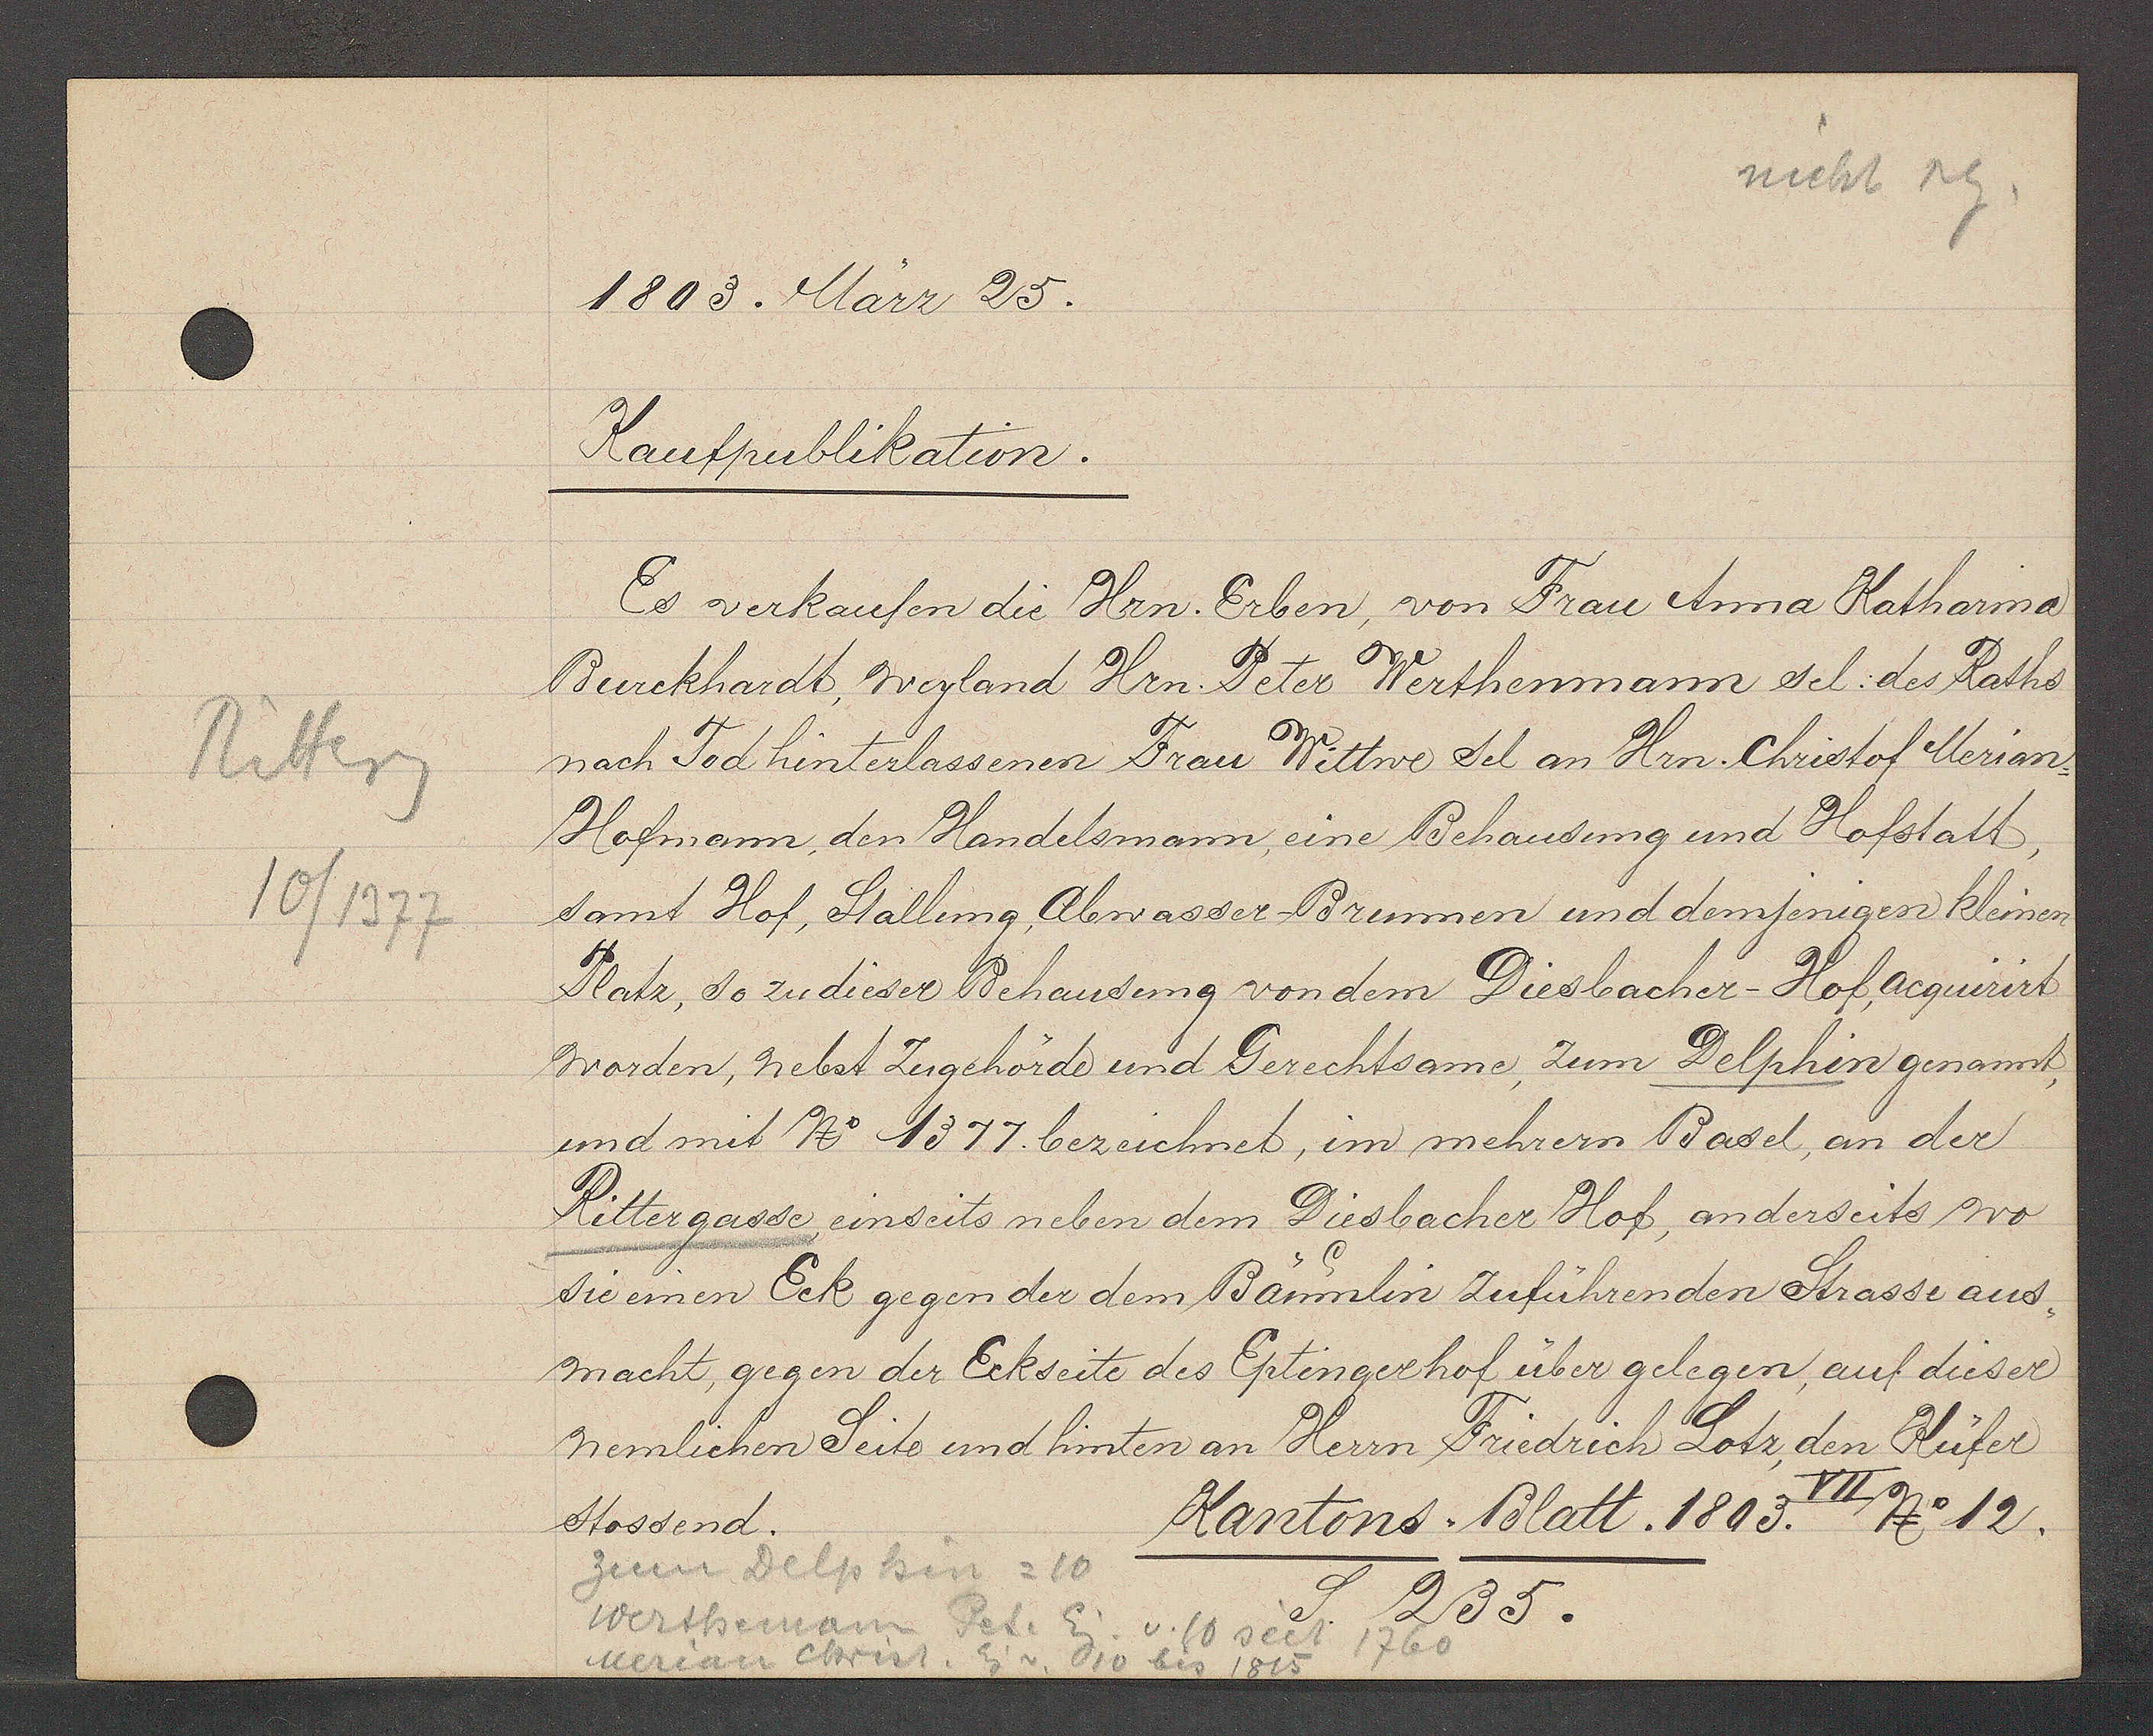
Transcript:
Ritterg
10/1377

1803. März 25.

Kaufpublikation.
Es verkaufen die Hrn. Erben, von Frau Anna Katharina
Burckhardt, wegland Hrn. Peter Werthenmann sel. des Raths
nach Tod hinterlassenen Frau Wittwe sel. an Hrn. Christof Merian
Hofmann, den Handelsmann, eine Behausung und Hofstatt
samt Hof, Stallung Abwasser-Brunnen und demjenigen kleinen
Platz, so zu dieser Behausung von dem Diesbacher-Hof acquierirt
worden, nebst Zugehörde und Gerechtsame, zum Delphin genannt,
und mit No 1377. bezeichnet, im mehrern Basel, an der
Rittergasse, einseits neben dem Diesbacher Hof, anderseits wo
sie einen Eck gegen der dem Baumlin zuführenden Strasse aus¬
macht, gegen der Eckseite des Eptingerhof über gelegen, auf dieser
nemlichen Seite und hinten an Herrn Friedrich Lotz, den Küfer
stossend.

zum Delphin = 10
Wertheman Pet. Eig
v. 10 seit 1760
Eig v. 10 bis 1815
Merian Obrist.

VII
No 12.
Kantons-Blatt. 1803.
S. 235.